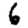
Digit: 6